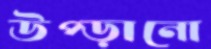
উপ্‌ড়ানো